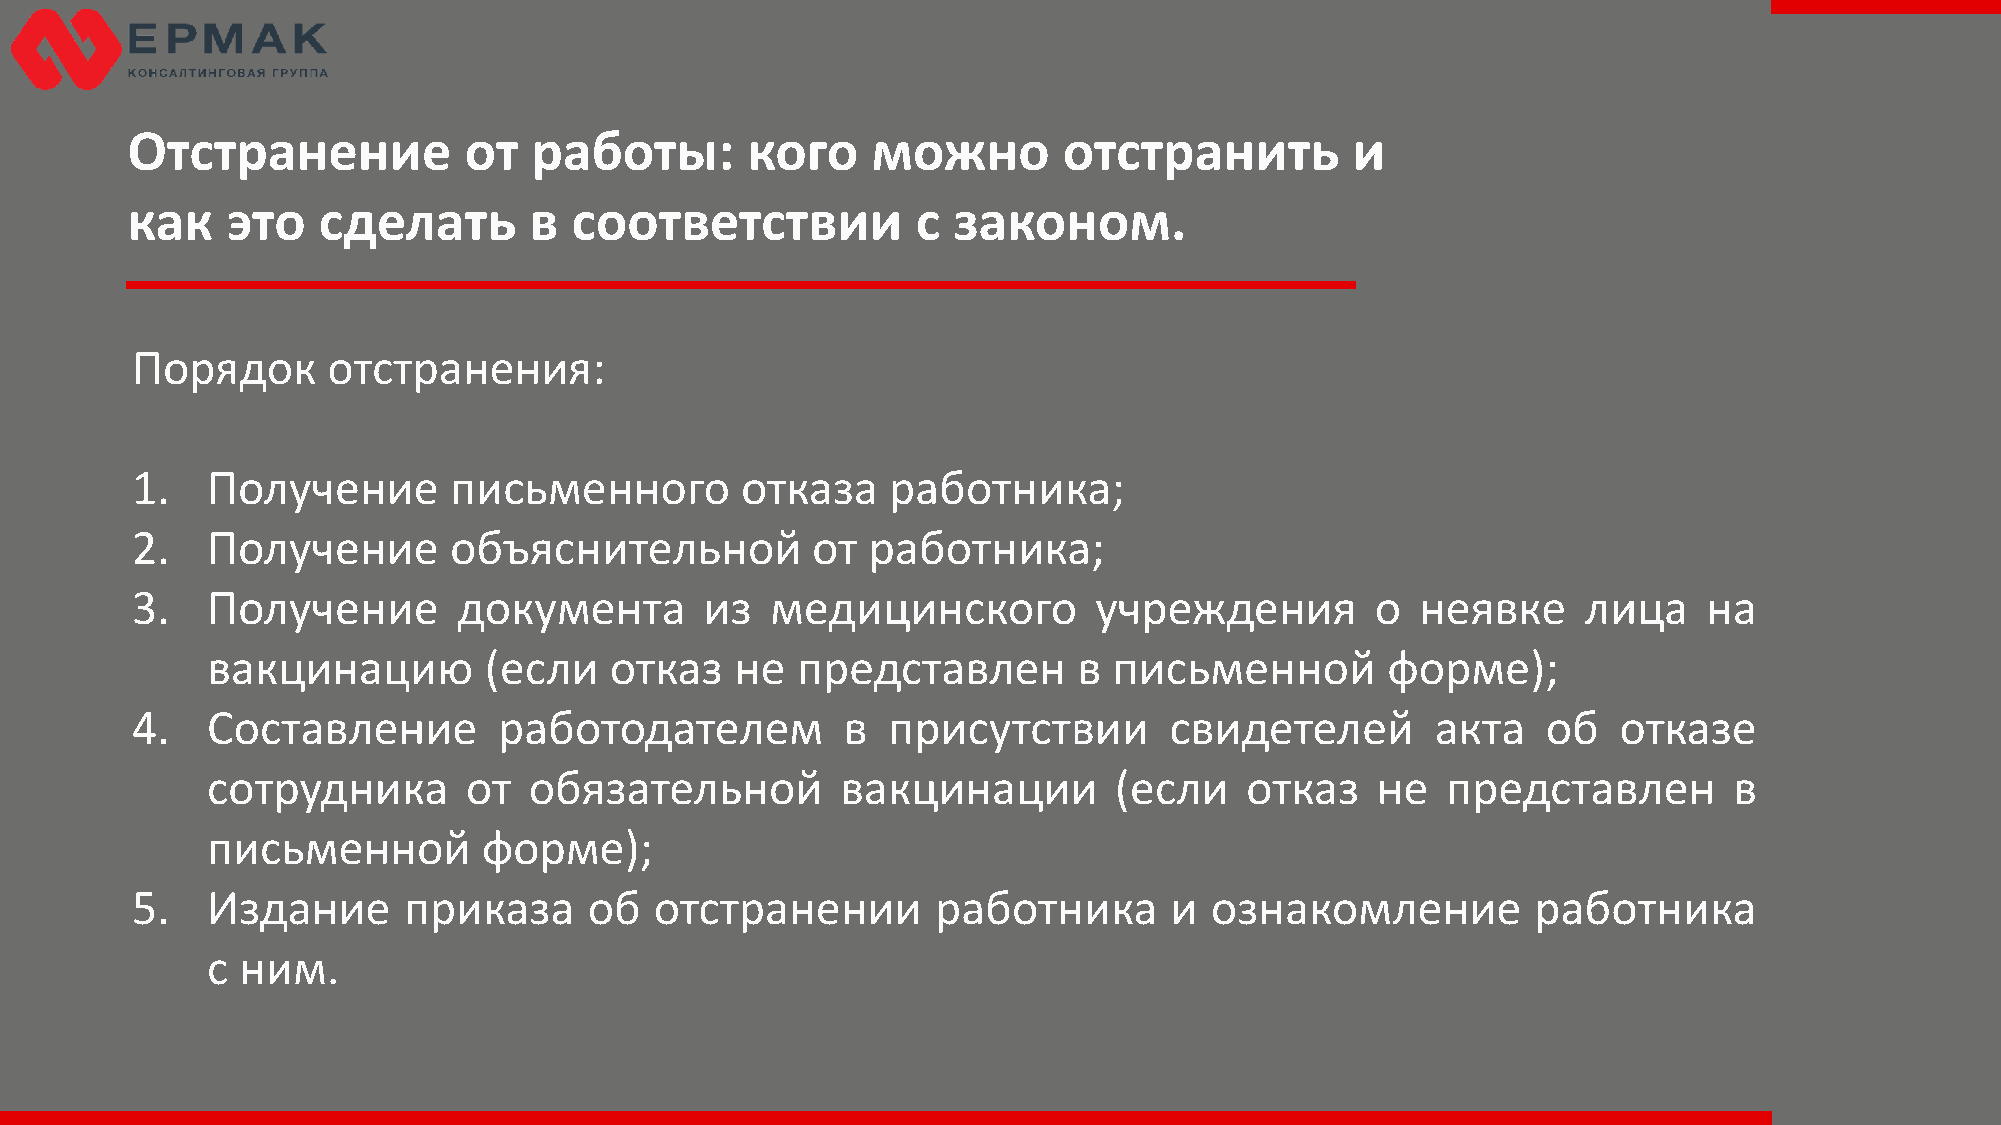
Отстранение            от  работы:       кого     можно       отстранить          и
 как    это   сделать       в  соответствии           с законом.
 Порядок      отстранения:
 1.   Получение       письменного        отказа    работника;
 2.   Получение       объяснительной          от работника;
 3.   Получение       документа        из  медицинского         учреждения         о  неявке     лица    на
 вакцинацию        (если   отказ    не  представлен       в  письменной        форме);
 4.   Составление        работодателем          в  присутствии       свидетелей        акта   об   отказе
 сотрудника       от  обязательной         вакцинации        (если   отказ    не   представлен        в
 письменной        форме);
 5.   Издание      приказа     об  отстранении        работника      и  ознакомление          работника
 с ним.